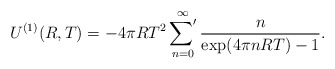
\begin{align*}U^{(1)}(R,T)=-4\pi R T^2\mathop{{\sum}'}\limits_{n=0}^{\infty}\frac{n}{\exp(4\pi n R T)-1}.\end{align*}